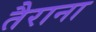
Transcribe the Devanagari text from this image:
तैराना